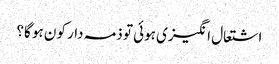
اشتعال انگیزی ہوئی تو ذمہ دار کون ہو گا؟